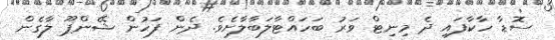
ސޮޑާ ހާކާފައި ދެ މިނިޓް ވަރު ބަހައްޓާލަބާލާށެވެ. ދެން ފަހުން ޝޭންޕޫ ލާގެން